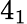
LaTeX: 4_{1}